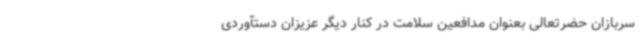
سربازان حضرتعالی بعنوان مدافعین سلامت در کنار دیگر عزیزان دستآوردی